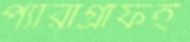
প্যারাগ্রাফই